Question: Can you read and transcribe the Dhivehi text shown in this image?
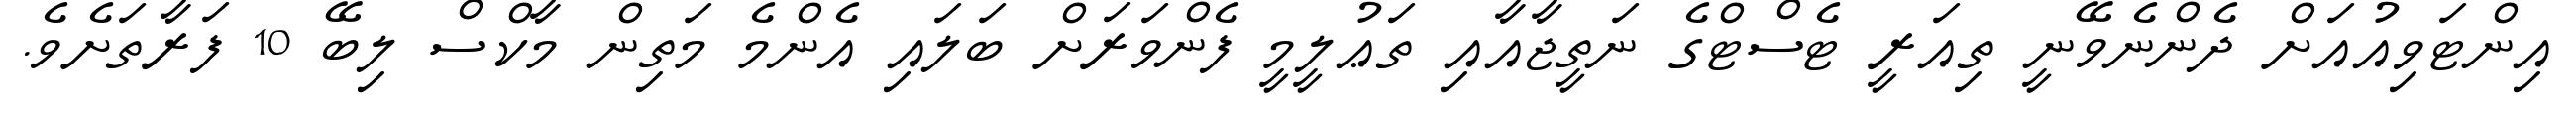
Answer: އިންޓަވިއުއަށް ދެންނެވޭނީ ތިއަރީ ޓެސްޓްގެ ނަތީޖާއާއި ތަޢުލީމީ ފެންވަރަށް ބަލައި އެންމެ މަތިން މާކްސް ލިބޭ 10 ފަރާތަށެވެ.